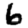
Digit: 6